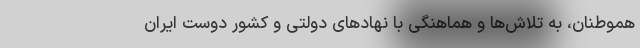
هموطنان، به تلاش‌ها و هماهنگی‌ با نهادهای دولتی و کشور دوست ایران